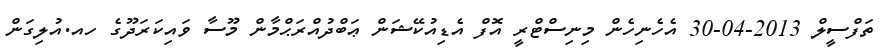
ތަފްސީލް 2013-04-30 އެހެނިހެން މިނިސްޓްރީ އޮފް އެޑިއުކޭޝަން ޢަބްދުއްރަޙްމާން މޫސާ ވައިކަރަދޫގެ ހއ.އުލިގަން